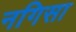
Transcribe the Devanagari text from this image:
नगिसा